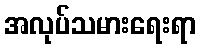
အလုပ်သမားရေးရာ